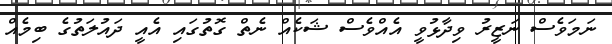
ނަމަވެސް ނަޒީރު ވިދާޅުވީ އެއްވެސް ޝަކެއް ނެތް ގޮތުގައި އެއީ ދައުލަތުގެ ބިމެއް